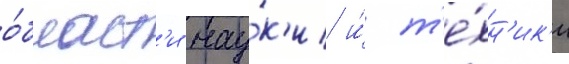
о́бласт'и нау́к'и и́ т'е́хн'ик'и